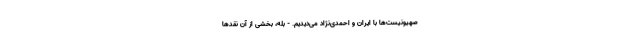
صهیونیست‌ها با ایران و احمدی‌نژاد می‌دیدیم. - بله، بخشی از آن نقدها